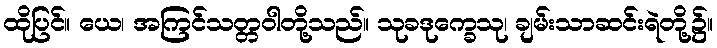
ထိုပြင်။ ယေ၊ အကြင်သတ္တဝါတို့သည်။ သုခဒုက္ခေသု၊ ချမ်းသာဆင်းရဲတို့၌။